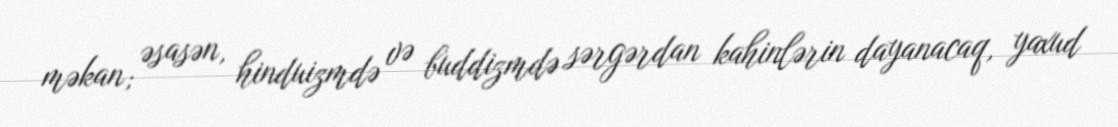
məkan; əsasən, hinduizmdə və buddizmdə sərgərdan kahinlərin dayanacaq, yaxud